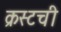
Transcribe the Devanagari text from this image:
क्रस्टची